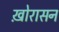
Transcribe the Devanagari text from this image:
ख़ोरासन